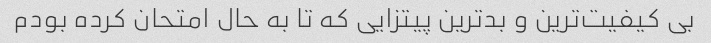
بی کیفیت‌ترین و بدترین پیتزایی که تا به حال امتحان کرده بودم